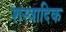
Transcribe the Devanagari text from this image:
शस्त्रादिक